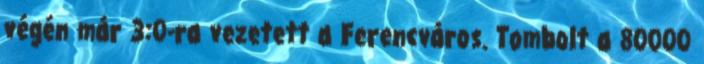
végén már 3:0-ra vezetett a Ferencváros. Tombolt a 80000